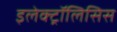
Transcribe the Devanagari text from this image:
इलेक्ट्रॉलिसिस